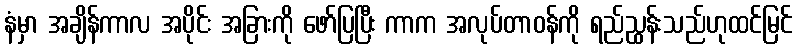
နံမှာ အချိန်ကာလ အပိုင်း အခြားကို ဖော်ပြပြီး ကာက အလုပ်တာဝန်ကို ရည်ညွှန်းသည်ဟုထင်မြင်